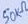
Text: 50kΩ